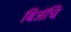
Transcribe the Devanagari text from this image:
बिजंचि